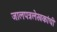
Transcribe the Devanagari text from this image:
जालपत्रलेखकांची